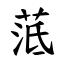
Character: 䓜